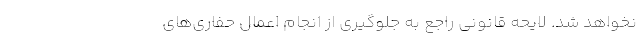
نخواهد شد. لایحه قانونی راجع به جلوگیری از انجام اعمال حفاری‌های